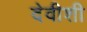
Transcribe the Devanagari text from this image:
देवीशी